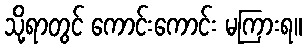
သို့ရာတွင် ကောင်းကောင်း မကြားရ။